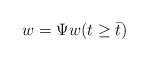
LaTeX: \begin{align*}w=\Psi w (t\geq \bar t)\end{align*}